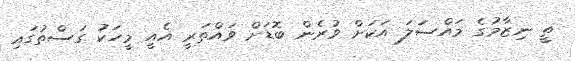
ތީ ނިޒާމުގެ މައްސަލަ އަކަށް ވުރެން ބޮޑަށް ވައްތަރީ އެއީ މީހަކު ގަސްތުގައި